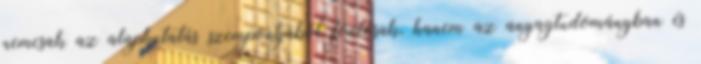
nemcsak az alapkutatás szempontjából fontosak, hanem az anyagtudományban és